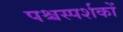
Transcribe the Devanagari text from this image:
पश्चस्पर्शकों